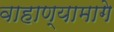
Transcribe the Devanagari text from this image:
वाहाण्यामागे